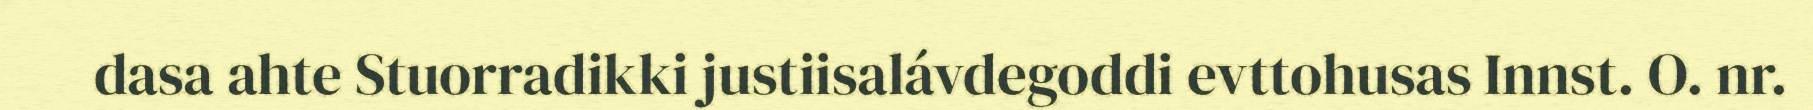
dasa ahte Stuorradikki justiisalávdegoddi evttohusas Innst. O. nr.